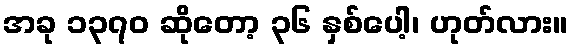
အခု ၁၃၇၀ ဆိုတော့ ၃၆ နှစ်ပေါ့၊ ဟုတ်လား။